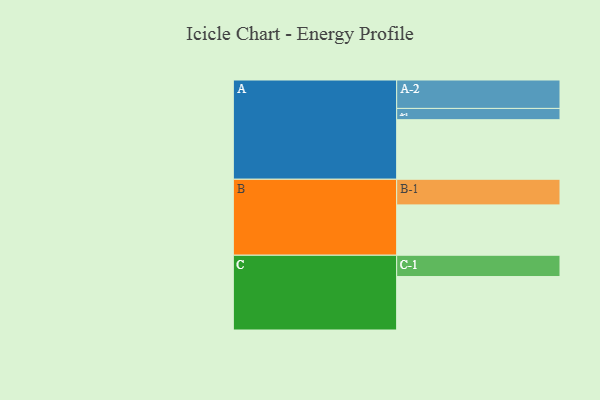
{"axis": {"x": "Segment", "y": "Value"}, "legend": ["", "A", "B", "C"], "data": [{"x": "A", "y": 576, "type": ""}, {"x": "B", "y": 487, "type": ""}, {"x": "C", "y": 517, "type": ""}, {"x": "A-1", "y": 109, "type": "A"}, {"x": "A-2", "y": 275, "type": "A"}, {"x": "B-1", "y": 248, "type": "B"}, {"x": "C-1", "y": 206, "type": "C"}]}